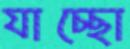
যাচ্ছো